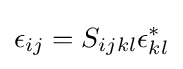
\epsilon _{ij}=S_{ijkl}\epsilon _{kl}^{*}